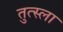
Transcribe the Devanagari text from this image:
तुत्स्ला